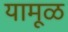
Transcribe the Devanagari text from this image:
यामूळ